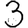
Digit: 3